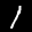
Label: 1